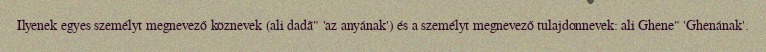
Ilyenek egyes személyt megnevező köznevek (ali dadã" 'az anyának') és a személyt megnevező tulajdonnevek: ali Ghene" 'Ghenának'.